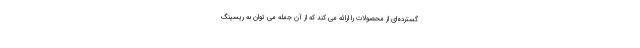
گسترده‌ای از محصولات را ارائه می کند که از آن جمله می توان به ریسینگ